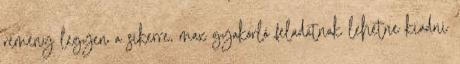
remény legyen a sikerre, max gyakorló feladatnak lehetne kiadni